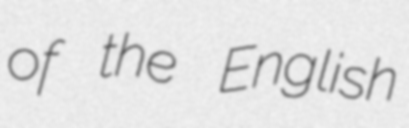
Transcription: of the English